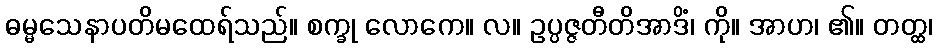
ဓမ္မသေနာပတိမထေရ်သည်။ စက္ခု လောကေ။ လ။ ဥပ္ပဇ္ဇတီတိအာဒိံ၊ ကို။ အာဟ၊ ၏။ တတ္ထ၊